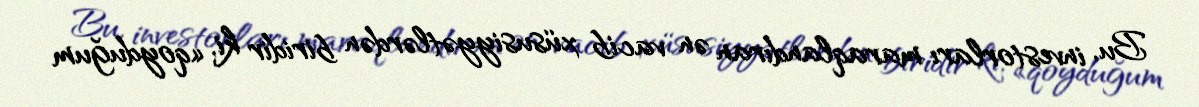
Bu, investorları maraqlandıran ən vacib xüsusiyyətlərdən biridir ki, «qoyduğum